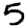
Digit: 5